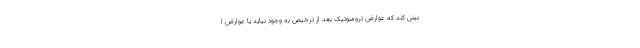
بینی کند که عوارض ترومبوتیک بعد از ترخیص به وجود نیاید یا عوارض ا